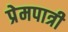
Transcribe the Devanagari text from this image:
प्रेमपात्री